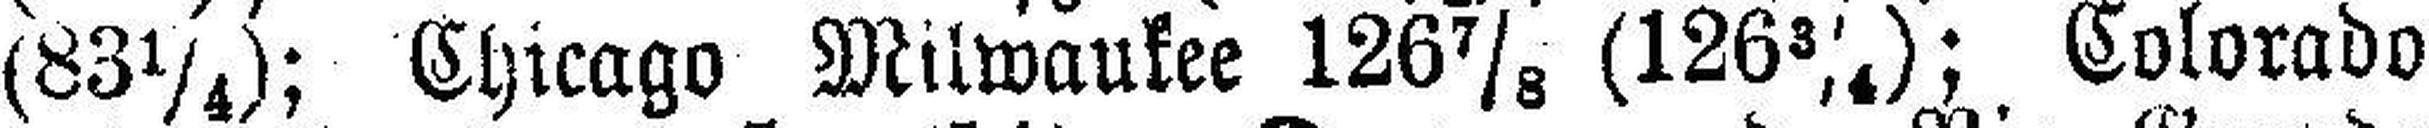
(83¼); Chicago Milwaukee 126 7/8 (126¾); Colorado